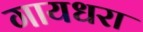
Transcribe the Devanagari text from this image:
गायधरा